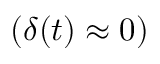
( \delta ( t ) \approx 0 )